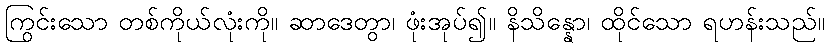
ကြွင်းသော တစ်ကိုယ်လုံးကို။ ဆာဒေတွာ၊ ဖုံးအုပ်၍။ နိသိန္နော၊ ထိုင်သော ရဟန်းသည်။